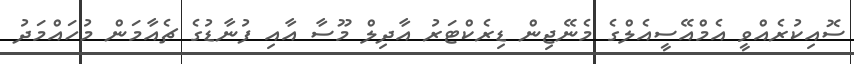
ސޮއިކުރެއްވީ އެމްއޭސީއެލްގެ މެނޭޖިން ޑިރެކްޓަރު އާދިލް މޫސާ އާއި ފުނާޑުގެ ޗެއާމަން މުހައްމަދު